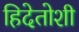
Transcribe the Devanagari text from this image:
हिदेतोशी